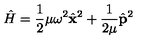
\hat { H } = \frac { 1 } { 2 } \mu \omega ^ { 2 } \hat { \mathbf x } ^ { 2 } + \frac { 1 } { 2 \mu } \hat { \mathbf p } ^ { 2 }